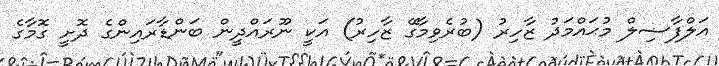
އަލްފާޟިލް މުޙައްމަދު ޒާހިރު (ބުރެވިމާގޭ ޒާހިރު) އަކީ ނޫރައްދީން ބަންޑާރައިންގެ ދޮށީ ގޮމާގެ